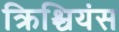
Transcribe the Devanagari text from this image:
क्रिश्चियंस